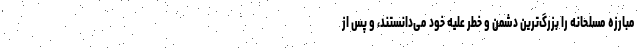
مبارزه مسلحانه را بزرگ‌ترین دشمن و خطر علیه خود می‌دانستند، و پس از